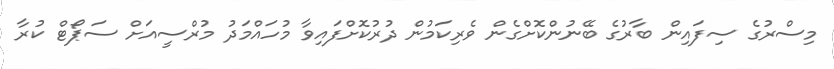
މިސްރުގެ ސިފައިން ބާރުގެ ބޭނުންކޮށްގެން ވެރިކަމުން ދުރުކޮށްފައިވާ މުހައްމަދު މުރްސީއަށް ސަޕޯޓް ކުރާ